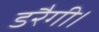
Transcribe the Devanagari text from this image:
डरैगी।